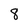
Character: 8